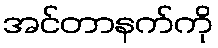
အင်တာနက်ကို